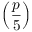
\left( { \frac { p } { 5 } } \right)